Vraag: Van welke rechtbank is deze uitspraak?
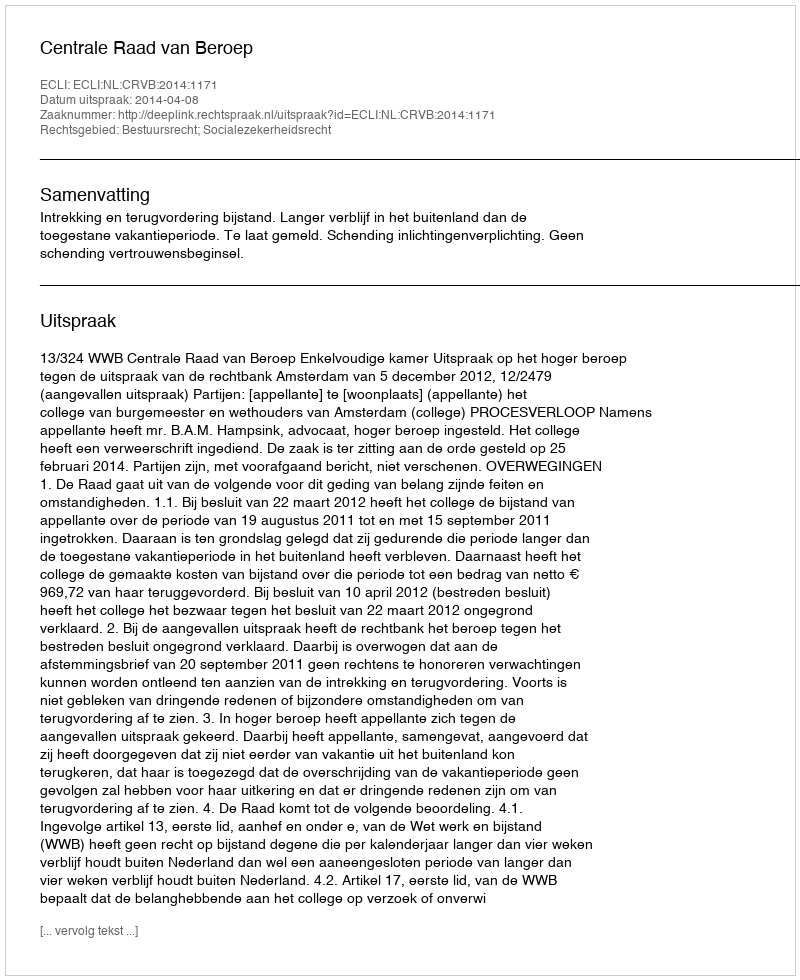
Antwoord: Centrale Raad van Beroep